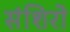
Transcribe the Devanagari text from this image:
संशिरो